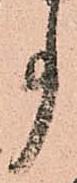
事